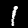
Label: 1